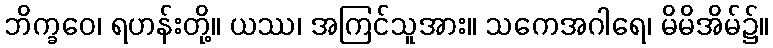
ဘိက္ခဝေ၊ ရဟန်းတို့။ ယဿ၊ အကြင်သူအား။ သကေအဂါရေ၊ မိမိအိမ်၌။